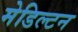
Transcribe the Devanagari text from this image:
मेडिल्टन